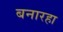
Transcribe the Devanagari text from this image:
बनारहा